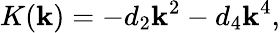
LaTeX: K(\mathbf{k})=-d_{2}\mathbf{k}^{2}-d_{4}\mathbf{k}^{4},